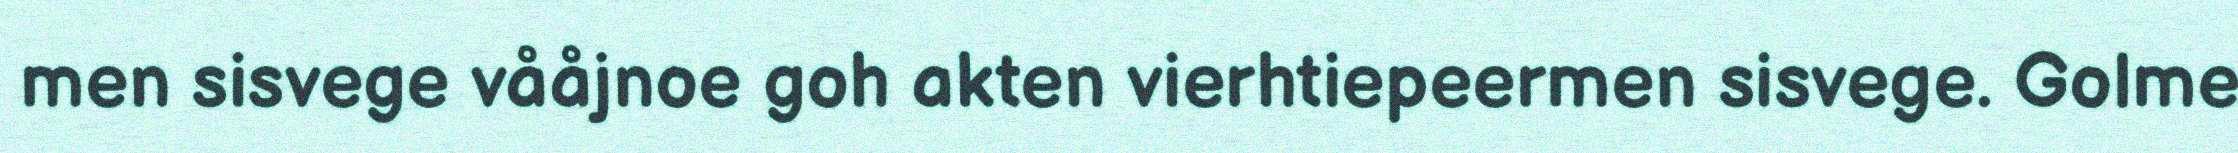
men sisvege vååjnoe goh akten vierhtiepeermen sisvege. Golme